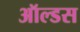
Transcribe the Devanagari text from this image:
ऑल्डस